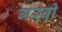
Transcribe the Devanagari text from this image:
गरवी